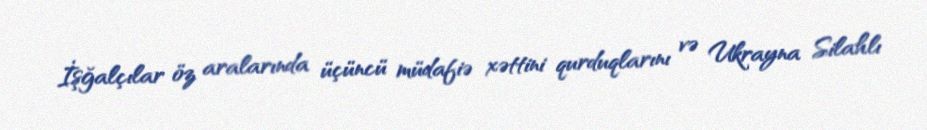
İşğalçılar öz aralarında üçüncü müdafiə xəttini qurduqlarını və Ukrayna Silahlı